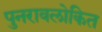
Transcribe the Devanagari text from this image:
पुनरावलोकित